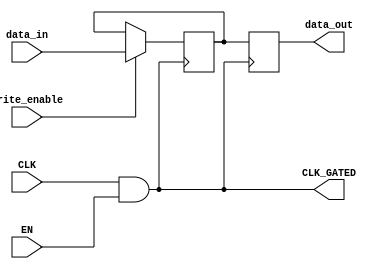
module clock_gating_memory (
    input wire CLK,        // Primary clock signal
    input wire EN,         // Enable signal for clock gating
    input wire [7:0] data_in, // Data input for memory
    input wire write_enable,   // Write enable signal
    output reg [7:0] data_out,  // Data output from memory
    output wire CLK_GATED     // Gated clock signal
);

// Gating Logic: AND gate for clock gating
assign CLK_GATED = CLK & EN;

// Memory Block: Simple register-based memory
reg [7:0] memory [0:15]; // 16 x 8-bit memory array

// Write operation
always @(posedge CLK_GATED) begin
    if (write_enable) begin
        memory[0] <= data_in; // Writing to memory at address 0
    end
end

// Read operation
always @(posedge CLK_GATED) begin
    data_out <= memory[0]; // Reading from memory at address 0
end

endmodule